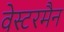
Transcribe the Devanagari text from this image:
वेस्टरमैन